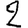
Digit: 2